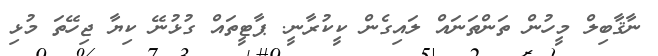
ނާޤާބިލް މީހުން ތަންތަނައް ލައިގެން ކީކުރާނީ. ޕާޓީތައް ގުޅުނޭ ކިޔާ ޖިހޭތަ މުޅި